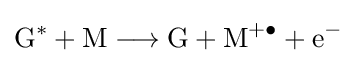
{\mathrm {G} {\vphantom {A}}^{\ast {}}{}+{}\mathrm {M} {}\mathrel {\longrightarrow } {}\mathrm {G} {}+{}\mathrm {M} {\vphantom {A}}^{+\bullet }{}+{}\mathrm {e} {\vphantom {A}}^{-}}